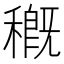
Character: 穊